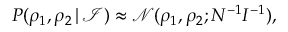
P ( \rho _ { 1 } , \rho _ { 2 } \, | \, \mathcal I ) \approx \mathcal N ( \rho _ { 1 } , \rho _ { 2 } ; N ^ { - 1 } I ^ { - 1 } ) ,